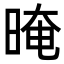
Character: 晻